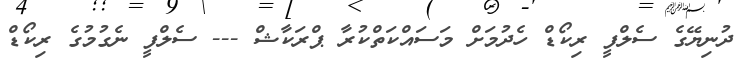
ދުނިޔޭގެ ސެލްފީ ރިކޯޑް ހެދުމަށް މަސައްކަތްކުރާ ޕްރަކާޝް --- ސެލްފީ ނެގުމުގެ ރިކޯޑް